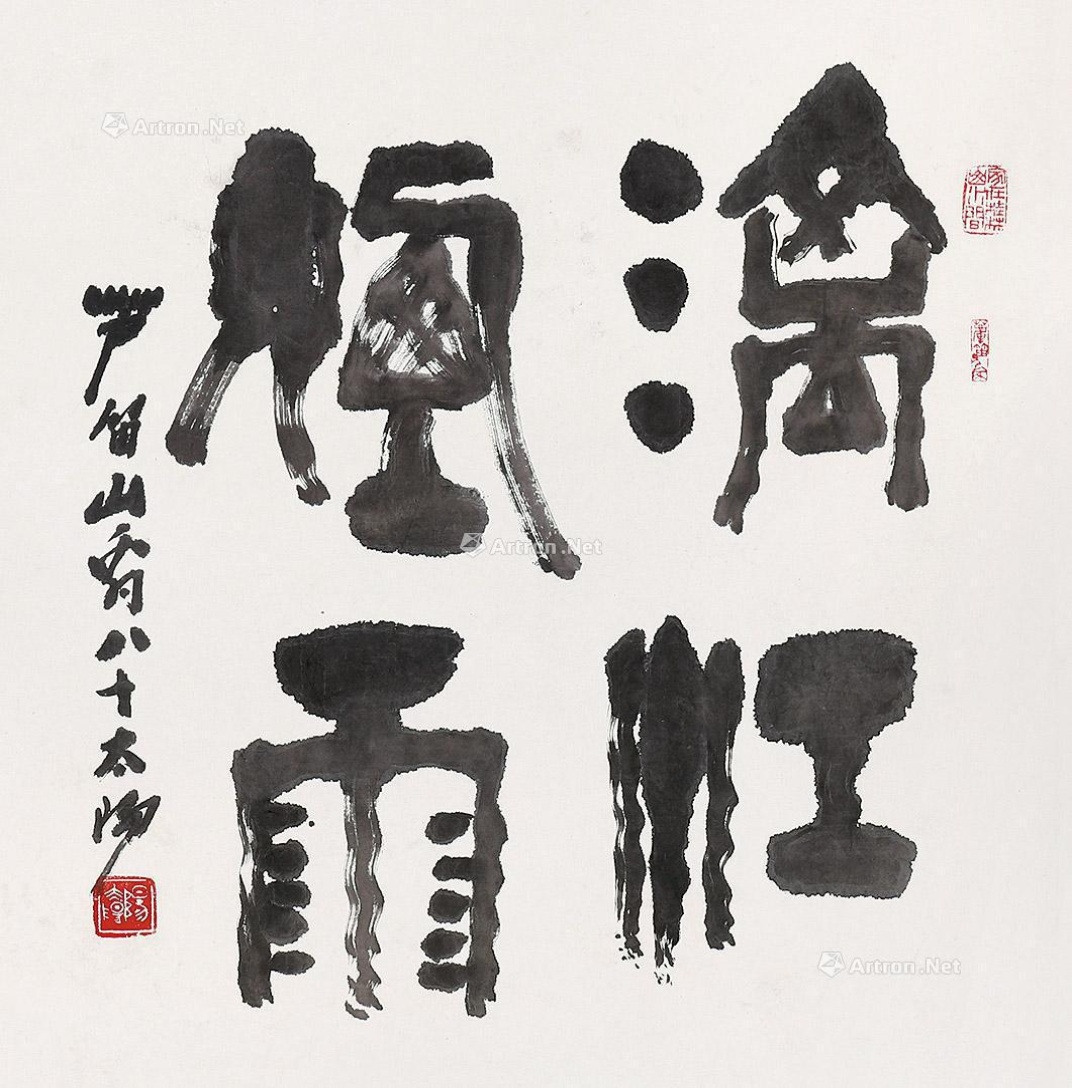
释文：《漓江烟雨》。芦笛山翁八十，太阳。